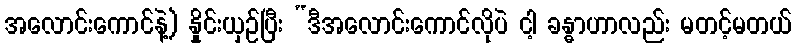
အလောင်းကောင်နဲ့) နှိုင်းယှဉ်ပြီး “ဒီအလောင်းကောင်လိုပဲ ငါ့ ခန္ဓာဟာလည်း မတင့်မတယ်